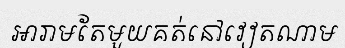
អារាមតែមួយគត់នៅវៀតណាម